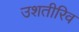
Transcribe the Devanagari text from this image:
उशतीरिव